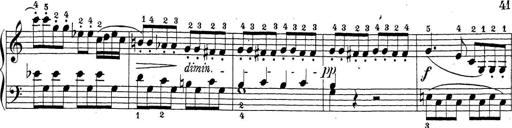
Title: Sonatina Album
Composer: Louis KÃ¶hler